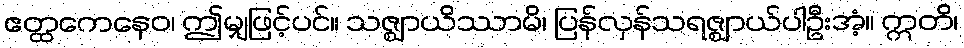
ဧတ္ထကေနေဝ၊ ဤမျှဖြင့်ပင်။ သဇ္ဈာယိဿာမိ၊ ပြန်လှန်သရဇ္ဈာယ်ပါဦးအံ့။ ဣတိ၊